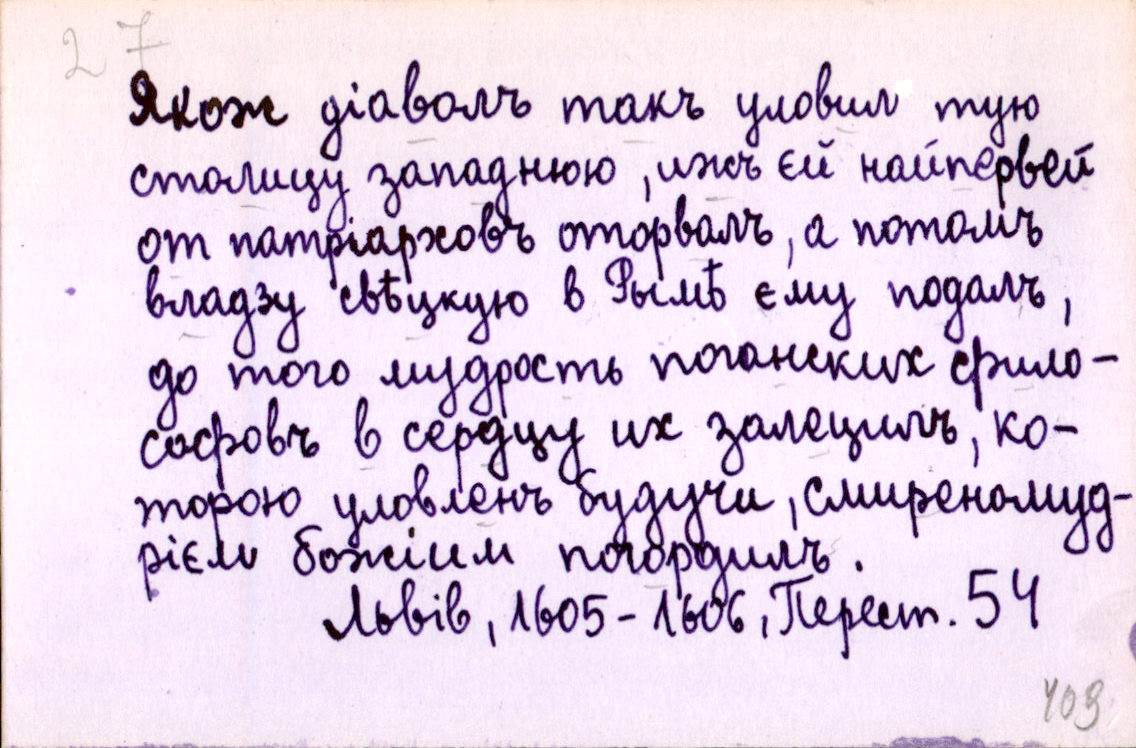
Якожъ діаволъ такъ уловил тую
столицу западнюю, ижъ єй найпервей
от патріарховъ оторвалъ, а потомъ
владзу свѣцкую в Рымѣ єму подалъ,
до того мудрость поганских фило-
софовъ в сердцу их залецилъ, ко-
торою уловленъ будучи, смиреномуд-
рієм божіим погордилъ.
Львів, 1605-1606, Перест. 54